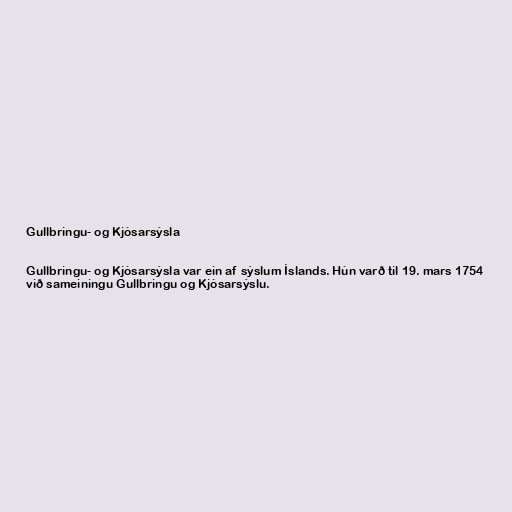
Gullbringu- og Kjósarsýsla

Gullbringu- og Kjósarsýsla var ein af sýslum Íslands. Hún varð til 19. mars 1754
við sameiningu Gullbringu og Kjósarsýslu.